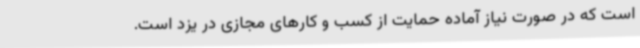
است که در صورت نیاز آماده حمایت از کسب و کارهای مجازی در یزد است.